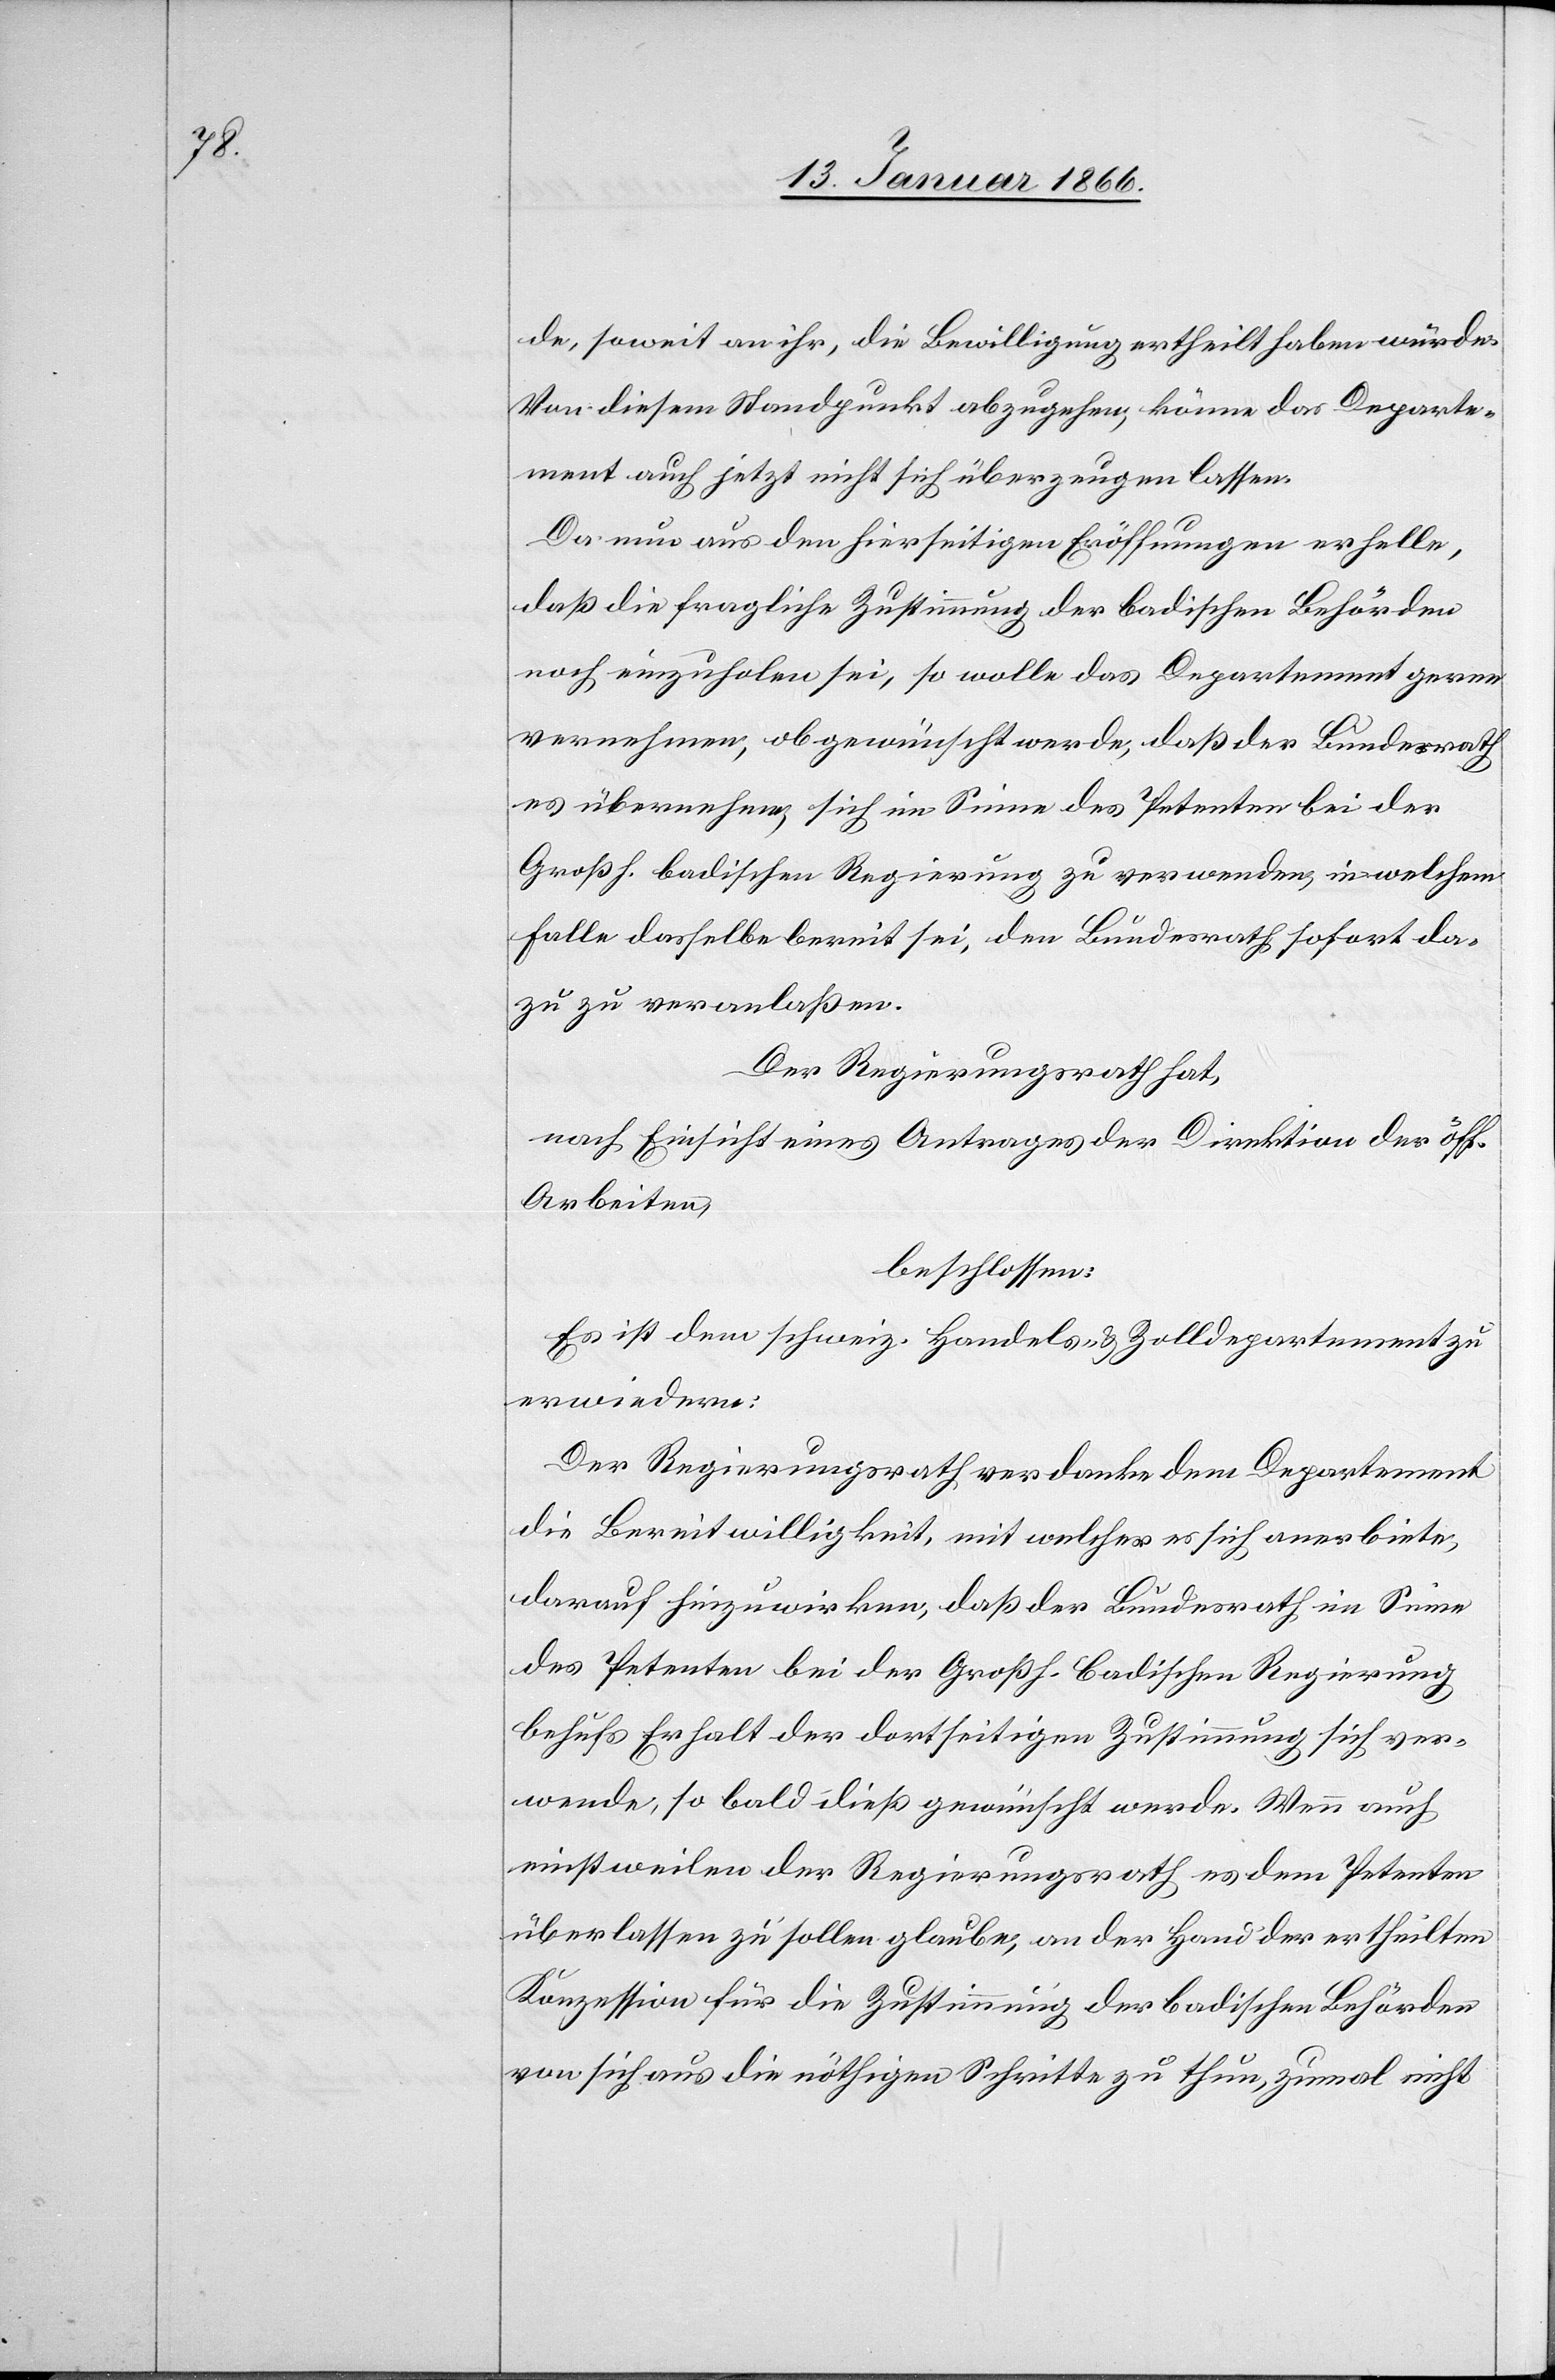
de, soweit an ihr, die Bewilligung ertheilt haben würde.
Von diesem Standpunkt abzugehen, könne das Departe¬
ment auch jetzt nicht sich überzeugen lassen.
Da nun aus den hierseitigen Eröffnungen erhelle,
daß die fragliche Zustimmung der badischen Behörden
noch einzuholen sei, so wolle das Departement gerne
vernehmen, ob gewünscht werde, daß der Bundesrath
es übernehme, sich im Sinne des Petenten bei der
Großh. Badischen Regierung zu verwenden, in welchem
Falle dasselbe bereit sei, den Bundesrath sofort da¬
zu zu veranlaßen.
Der Regierungsrath hat,
nach Einsicht eines Antrages der Direktion der öff.
Arbeiten,
beschlossen:
Es ist dem schweiz. Handels- & Zolldepartement zu
erwiedern:
Der Regierungsrath verdanke dem Departement
die Bereitwilligkeit, mit welcher es sich anerbiete,
darauf hinzuwirken, daß der Bundesrath im Sinne
des Petenten bei der Großh. Badischen Regierung
behufs Erhalt der dortseitigen Zustimmung sich ver¬
wende, so bald dieß gewünscht werde. Wenn auch
einstweilen der Regierungsrath es dem Petenten
überlassen zu sollen glaube, an der Hand der ertheilten
Konzession für die Zustimmung der badischen Behörden
von sich aus die nöthigen Schritte zu thun, zumal nicht